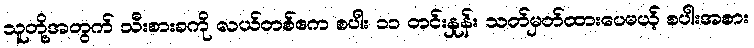
သူတို့အတွက် သီးစားခကို လယ်တစ်ဧက စပါး ၁၁ တင်းနှုန်း သတ်မှတ်ထားပေမယ့် စပါးအစား